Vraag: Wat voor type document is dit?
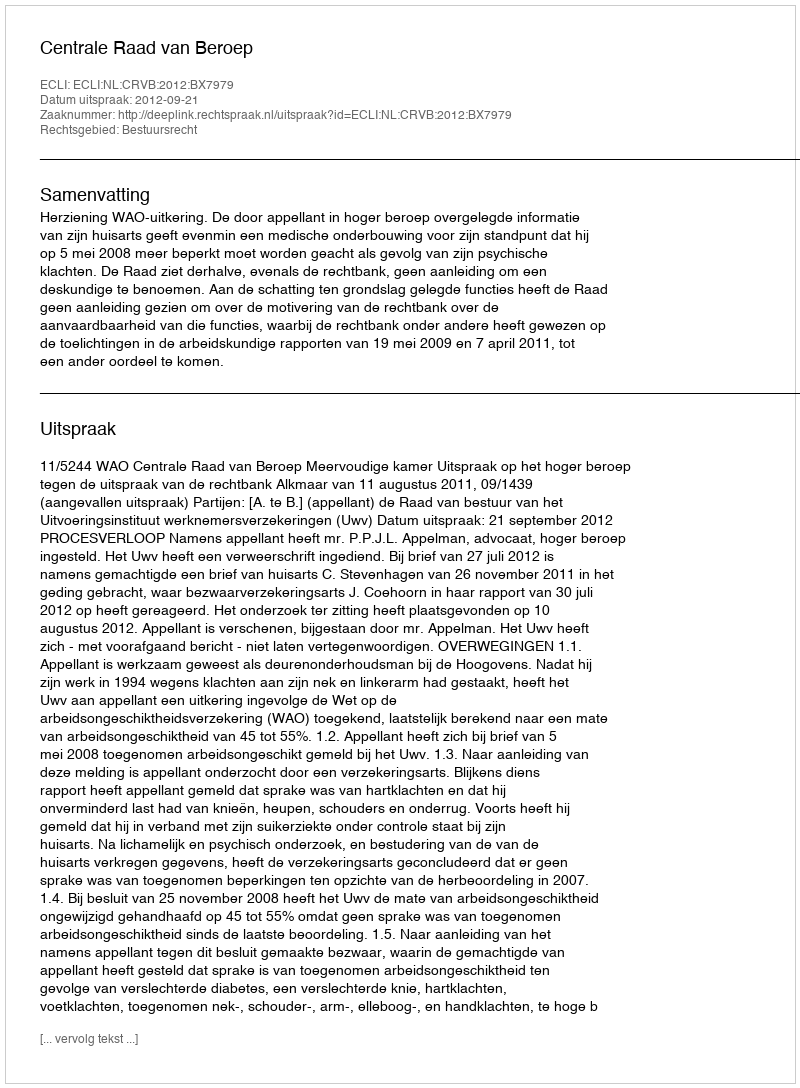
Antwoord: Uitspraak